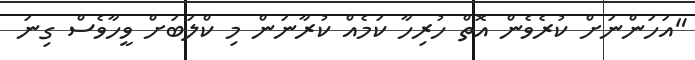
"އަހަންނަށް ކުރެވެން އޮތް ހުރިހާ ކަމެއް ކުރާނަން މި ކްލަބަށް ވީހާވެސް ގިނަ